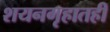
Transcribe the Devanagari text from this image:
शयनगृहातही